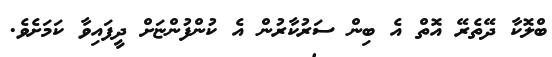
ބްލޮކާ ދޭތެރޭ އޮތް އެ ބިން ސަރުކާރުން އެ ކުންފުންޏަށް ދީފައިވާ ކަމަށެވެ.